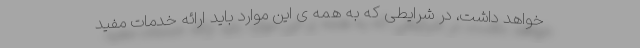
خواهد داشت، در شرایطی که به همه ی این موارد باید ارائه خدمات مفید